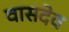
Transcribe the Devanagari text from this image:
वासदेव